Report of the Indian Hemp Drugs Commission, 1894-1895 - Volume VI
Year: 1894
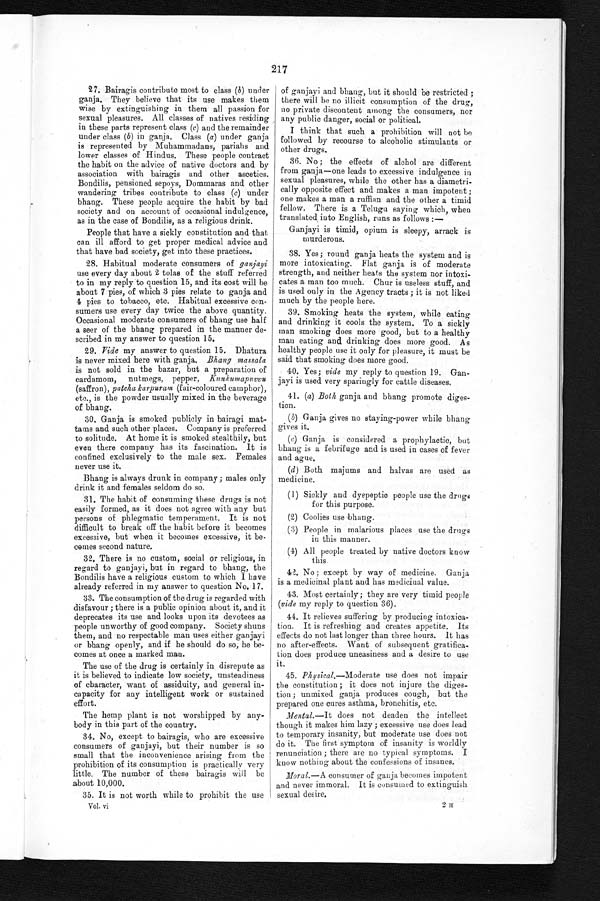
2 1 7
27. Bairagis contribute most to class (b) under
ganja. They believe that its use makes them
wise by extinguishing in them all passion for
sexual pleasures. All classes of natives residing
in these parts represent class (c) and the remainder
under class (b) in ganja. Class (a) under ganja
is represented by Muhammadans, pariahs and
lower classes of Hindus. These people contract
the habit on the advice of native doctors and by
association with bairagis and other ascetics.
Bondilis, pensioned sepoys, Dommaras and other
wandering tribes contribute to class (c) under
bhang. These people acquire the habit by bad
society and on account of occasional indulgence,
as in the case of Bondilis, as a religious drink.
People that have a sickly constitution and that
can ill afford to get proper medical advice and
that have bad society, get into these practices.
28. Habitual moderate consumers of ganjayi
use every day about 2 tolas of the stuff referred
to in my reply to question 15, and its cost will be
about 7 pies, of which 3 pies relate to ganja and
4 pies to tobacco, etc. Habitual excessive con-
sumers use every day twice the above quantity.
Occasional moderate consumers of bhang use half
a seer of the bhang prepared in the manner de-
scribed in my answer to question 15.
29.
Vide my answer to question 15. Dhatura
is never mixed here with ganja. Bhang massala
is not sold in the bazar, but a preparation of
cardamom, nutmegs, pepper, K u n k u m a p u v v u
(saffron), patcha karpuram (fair-coloured camphor),
etc., is the powder usually mixed in the beverage
of bhang.
30. Ganja is smoked publicly in bairagi mat-
tams and such other places. Company is preferred
to solitude. At home it is smoked stealthily, but
even there company has its fascination. It is
confined exclusively to the male sex. Females
never use it.
Bhang is always drunk in company; males only
drink it and females seldom do so.
31. The habit of consuming these drugs is not
easily formed, as it does not agree with any but
persons of phlegmatic temperament. It is not
d i f f i c u l t t o b r e a k o f f t h e h a b i t b e f o r e i t b e c o m e s
excessive, but when it becomes excessive, it be
- c o m e s s e c o n d n a t u r e .
32. There is no custom, social or religious, in
regard to ganjayi, but in regard to bhang, the
Bondilis have a religious custom to which I have
already referred in my answer to question No. 17.
33. The consumption of the drug is regarded with
disfavour; there is a public opinion about it, and it
deprecates its use and looks upon its devotees as
people unworthy of good company. Society shuns
them, and no respectable man uses either ganjayi
or bhang openly, and if he should do so, he be-
comes at once a marked man.
The use of the drug is certainly in disrepute as
it is believed to indicate low society, unsteadiness
of
character, want of assiduity, and general in
- c a p a c i t y f o r a n y i n t e l l i g e n t w o r k o r s u s t a i n e d
effort.
The hemp plant is not worshipped by any-
body in this part of the country.
34. No, except to bairagis, who are excessive
consumers of ganjayi, but their number is so
small that the inconvenience arising from the
prohibition of its consumption is practically very
little. The number of these bairagis will be
about 10,000.
35. It is not worth while to prohibit the use
Vol. vi
of ganjayi and bhang, but it should be restricted;
there will be no illicit consumption of the drug,
no private discontent among the consumers, nor
any public danger, social or political.
I think that such a prohibition will not be
followed by recourse to alcoholic stimulants or
other drugs.
36. No; the effects of alchol are different
from ganja—one leads to excessive indulgence in
sexual pleasures, while the other has a diametri-
cally opposite effect and makes a man impotent;
one makes a man a ruffian and the other a timid
fellow. There is a Telugu saying which, when
translated into English, runs as follows:—
Ganjayi is timid, opium is sleepy, arrack is
murderous.
38. Yes; round ganja heats the system and is
more intoxicating. Flat ganja is of moderate
strength, and neither heats the system nor intoxi
- c a t e s a m a n t o o m u c h . C h u r i s u s e l e s s s t u f f , a n d
is used only in the Agency tracts; it is not liked
much by the people here.
39. Smoking heats the system, while eating
and drinking it cools the system. To a sickly
man smoking does more good, but to a healthy
man eating and drinking does more good. As
healthy people use it only for pleasure, it must be
said that smoking does more good.
40. Yes; vide my reply to question 19. Gan-
jayi is used very sparingly for cattle diseases.
41. (a) Both ganja and bhang promote diges-
tion.
(b) Ganja gives no staying-power while bhang
gives it.
(c) Ganja is considered a prophylactic, but
bhang is a febrifuge and is used in cases of fever
and ague.
(d) Both majums and halvas are used as
medicine.
(1) Sickly and dyspeptic people use the drugs
for this purpose.
(2) Coolies use bhang.
(3) People in malarious places use the drugs
in this manner.
(4) All people treated by native doctors know
this.
42. No; except by way of medicine. Ganja
is a medicinal plant and has medicinal value.
43. Most certainly; they are very timid people
(vide my reply to question 36).
44. It relieves suffering by producing intoxica-
tion. It is refreshing and creates appetite. Its
effects do not last longer than three hours. It has
no after-effects. Want of subsequent gratifica-
tion does produce uneasiness and a desire to use
it.
45. Physical.—Moderate use does not impair
the constitution; it does not injure the diges
-tion; unmixed ganja produces cough, but the
prepared one cures asthma, bronchitis, etc.
Mental.—It does not deaden the intellect
though it makes him lazy; excessive use does lead
to temporary insanity, but moderate use does not
do it. The first symptom of insanity is worldly
renunciation; there are no typical symptoms. I
know nothing about the confessions of insanes.
Moral.—A consumer of ganja becomes impotent
and never immoral. It is consumed to extinguish
sexual desire.
2H